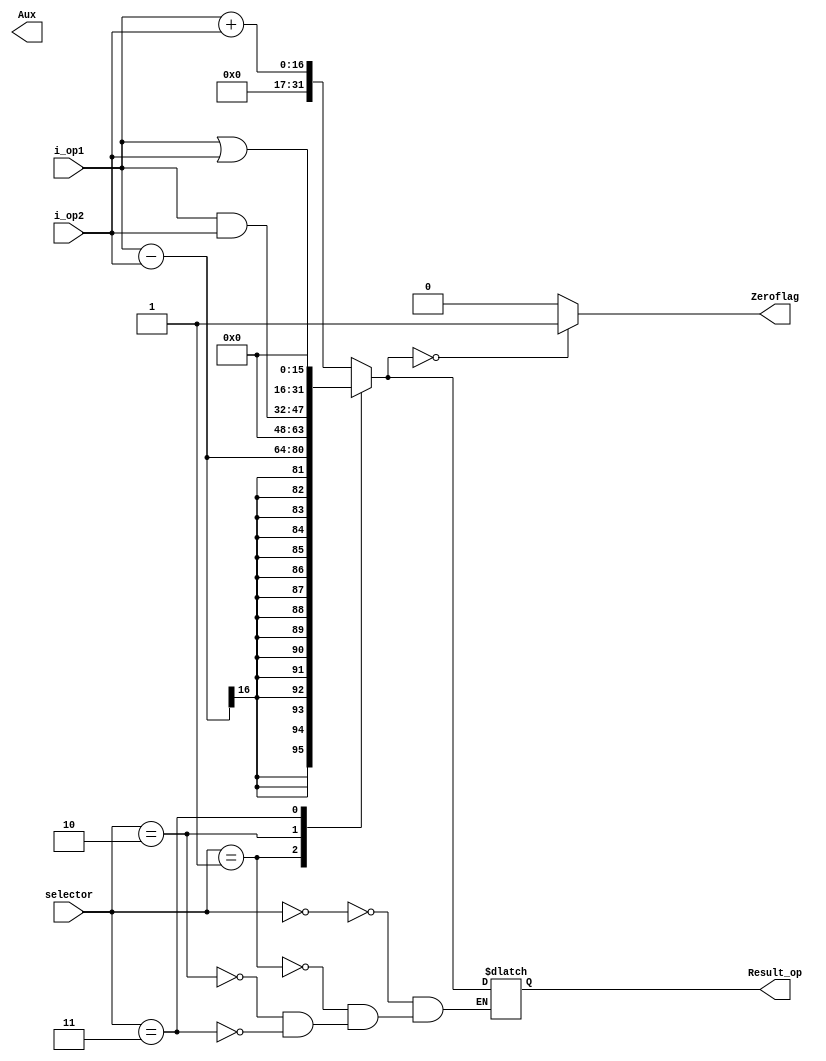
`timescale 1ns/1ns

module ALU (
    input [15:0]i_op1,
    input [15:0]i_op2,
    input [2:0]selector,
    
    output reg [15:0]Aux,
    output reg [31:0]Result_op,
    output reg Zeroflag
);

always @*
begin
    //Operaciones
    case (selector)
        3'b000: //Suma
        begin
            Result_op = i_op1 + i_op2;
        end

        3'b001: //Sub
        begin
            Result_op = i_op1 - i_op2;
        end

        3'b010: //And
        begin
            Result_op = (i_op1 & i_op2);
        end

        3'b011: //Or
        begin
            Result_op = (i_op1 | i_op2);
        end

        3'b100: //NOP -> No Operation
        begin
            
        end
    endcase

    //Zeroflag
    case (Result_op)
        1'b0: 
        begin
            Zeroflag = 1;
        end

        default:
        begin
            Zeroflag = 0;
        end
    endcase
end
    
endmodule

module Tb_ALU ();
    //Declaracin de wires y Registros
    reg [15:0]op1; 
    reg [15:0]op2;
    reg [2:0]sel;
    wire [31:0]res;
    wire flag;

    //Cuerpo del Modulo
    /* Instanciacion del Modulo asignado */
    ALU DUV (
        .i_op1 (op1), 
        .i_op2 (op2), 
        .selector (sel),
        .Result_op (res),
        .Zeroflag (flag) 
    );

    initial 
    begin
        //ADD
        op1 = 16'd10;
        op2 = 16'd22;
        sel = 3'b000;
        #100;

        //SUB
        op1 = 16'd20;
        op2 = 16'd20;
        sel = 3'b001;
        #100; 
        
        //AND
        op1 = 16'd100;
        op2 = 16'd125;
        sel = 3'b010;
        #100;

        //OR
        op1 = 16'd90;
        op2 = 16'd30;
        sel = 3'b011;
        #100;

        //NOP
        op1 = 16'd34;
        op2 = 16'd45;
        sel = 3'b100;
        #100;

        $stop;
    end

endmodule